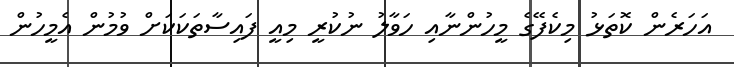
އަހަރެން ކޮތަޅު މިކެފޭގެ މީހުންނާއި ހަވާލު ނުކުރީ މިއީ ފައިސާތަކަކަށް ވުމުން އެމީހުން